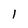
Character: 1